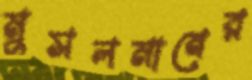
মুসলমানের